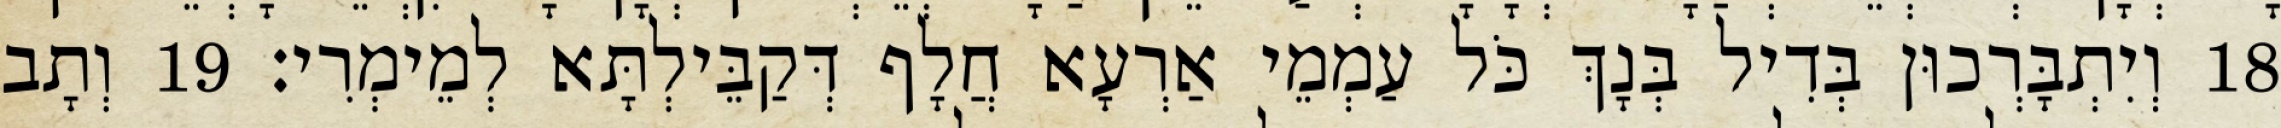
18 וְיִתְבָּרְכוּן בְּדִיל בְּנָךְ כֹּל עַמְמֵי אַרְעָא חֲלָף דְּקַבֵּילְתָּא לְמֵימְרִי׃ 19 וְתָב